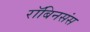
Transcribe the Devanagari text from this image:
रॉबिनसंस